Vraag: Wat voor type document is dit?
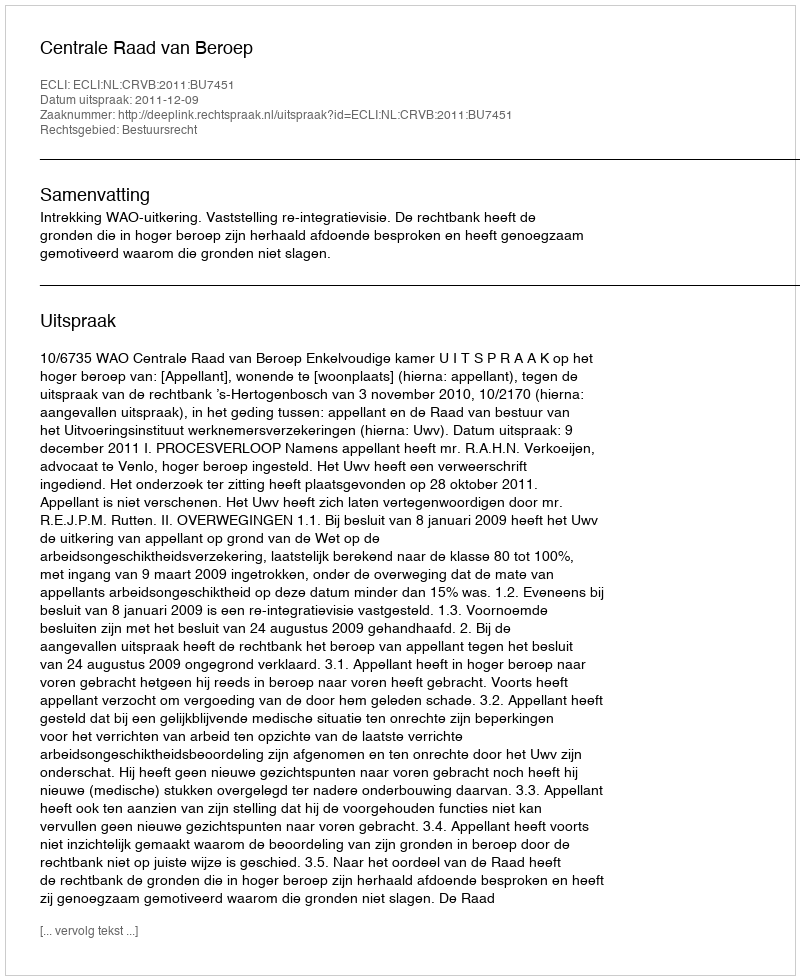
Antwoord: Uitspraak